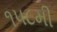
૧૫૮મી